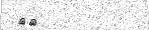
٥٥